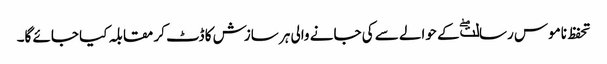
تحفظ ناموس رسالتۖ کے حوالے سے کی جانے والی ہر سازش کا ڈٹ کر مقابلہ کیا جائے گا۔